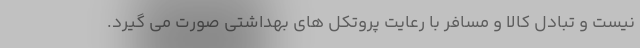
نیست و تبادل کالا و مسافر با رعایت پروتکل های بهداشتی صورت می گیرد.